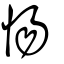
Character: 愓